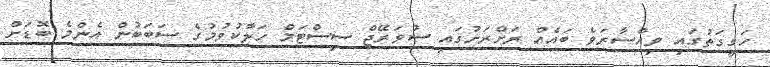
ހަގީގަތުގައި ވިއްސާރަވެ ބައެއް ރަށްރަށުގައި ސުވަރޭޖް ސިސްޓަމް ހަލާކުވުމުގެ ސަބަބުން އެންމެ ބޮޑަށް